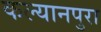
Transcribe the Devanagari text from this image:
कल्यानपुरा